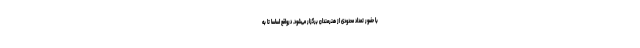
با حضور تعداد محدودی از هنرمندان برگزار می‌شود. درواقع اساسا تا به